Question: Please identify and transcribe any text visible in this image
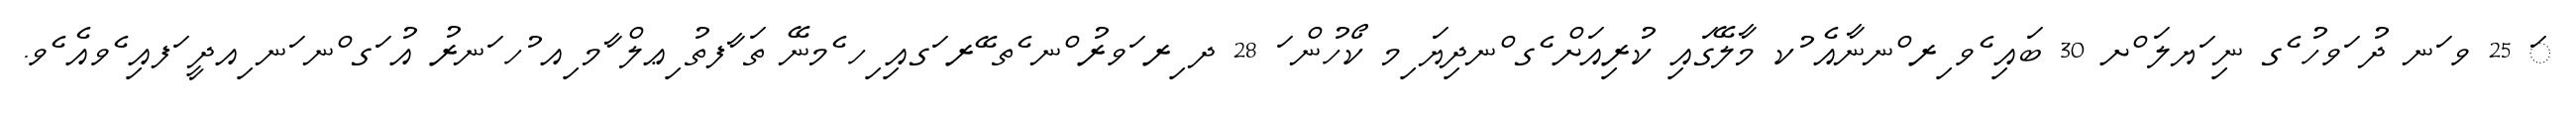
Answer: ަ 25 ވ ަނ ދު ަވހު ެގ ނި ަޔލަ ްށ 30 ބައި ެވ ިރ ްނނާއެ ުކ މާލޭގައި ކުރިއަށް ެގ ްނދިޔަ ިމ ކޯހުން ަ 28 ދ ިރ ަވރު ްނ ެތ ޭރ ަގއި ިހ ެމނޭ ތަ ާފތު ިޢލް ާމ ިއ ުހ ަނރު އު ަގ ްނ ަނ ިއދީ ަފއި ެވއެ ެވ.